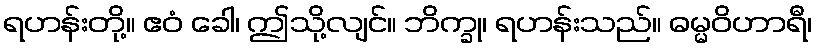
ရဟန်းတို့။ ဧဝံ ခေါ၊ ဤသို့လျင်။ ဘိက္ခု၊ ရဟန်းသည်။ ဓမ္မဝိဟာရီ၊